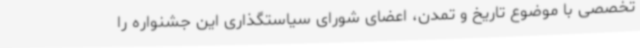
تخصصی با موضوع تاریخ و تمدن، اعضای شورای سیاستگذاری این جشنواره را